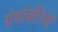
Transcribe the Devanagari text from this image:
ग्रंथावलियों